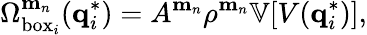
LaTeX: \Omega_{\mathrm{box}_{i}}^{\mathbf{m}_{n}}(\mathbf{q}_{i}^{*})=A^{\mathbf{m}_{n}}\rho^{\mathbf{m}_{n}}\mathbb{V}[V(\mathbf{q}_{i}^{*})],